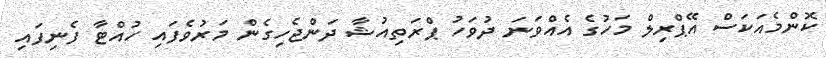
ކޮންމެއަކަސް އޭޕްރިލް މަހުގެ އެއްވަނަ ދުވަހު ޕްރަތިއުޝާ ދަންޖެހިގެން މަރުވެފައި ހުއްޓާ ފެނިފައި